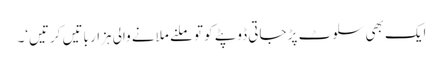
ایک بھی سلوٹ پڑ جاتی ڈوپٹے کو تو ملنے ملانے والی ہزار باتیں کرتیں‘۔